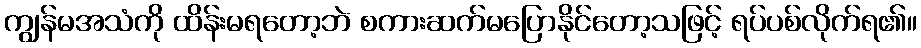
ကျွန်မအသံကို ထိန်းမရတော့ဘဲ စကားဆက်မပြောနိုင်တော့သဖြင့် ရပ်ပစ်လိုက်ရ၏။